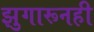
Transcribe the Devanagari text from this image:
झुगारूनही